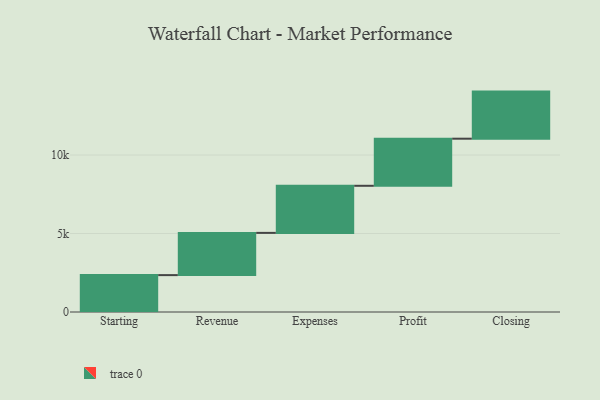
{"axis": {"x": "Step", "y": "Value"}, "legend": [""], "data": [{"x": "Starting", "y": 2350.0, "type": ""}, {"x": "Revenue", "y": 2690.0, "type": ""}, {"x": "Expenses", "y": 3000, "type": ""}, {"x": "Profit", "y": 3000, "type": ""}, {"x": "Closing", "y": 3000, "type": ""}]}